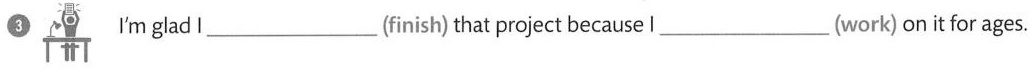
3 I'm gladl ___ (íinish) that project because l ___ (work) on it for ages.